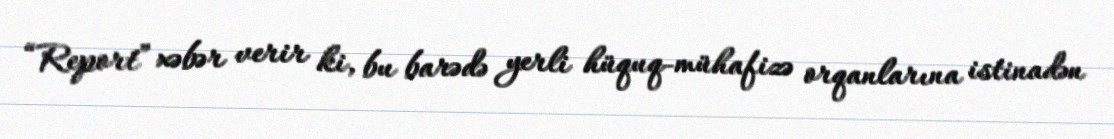
“Report” xəbər verir ki, bu barədə yerli hüquq-mühafizə orqanlarına istinadən